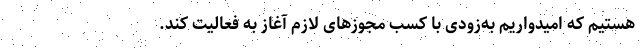
هستیم که امیدواریم به‌زودی با کسب مجوزهای لازم آغاز به فعالیت کند.